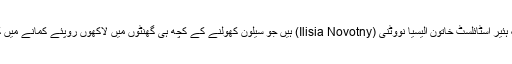
ایسی ہی ایک ہئیر اسٹائلسٹ خاتون الیسیا نووٹنی (Ilisia Novotny) ہیں جو سیلون کھولنے کے کچھ ہی گھنٹوں میں لاکھوں روپئے کمانے میں کامیاب رہیں۔